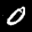
Label: 0